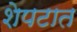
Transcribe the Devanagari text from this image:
शेपटात